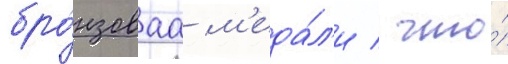
бро́нзоваа м'еда́л'и / что́